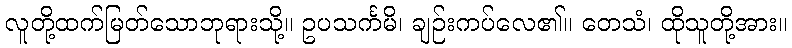
လူတို့ထက်မြတ်သောဘုရားသို့။ ဥပသင်္ကမိ၊ ချဉ်းကပ်လေ၏။ တေသံ၊ ထိုသူတို့အား။